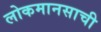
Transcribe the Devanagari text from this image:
लोकमानसाची